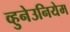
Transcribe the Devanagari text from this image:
व्हुनेउनियेम